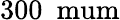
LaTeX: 300~\mathrm{\ mum}